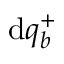
\mathrm { d } q _ { b } ^ { + }